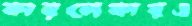
কারলেকারও